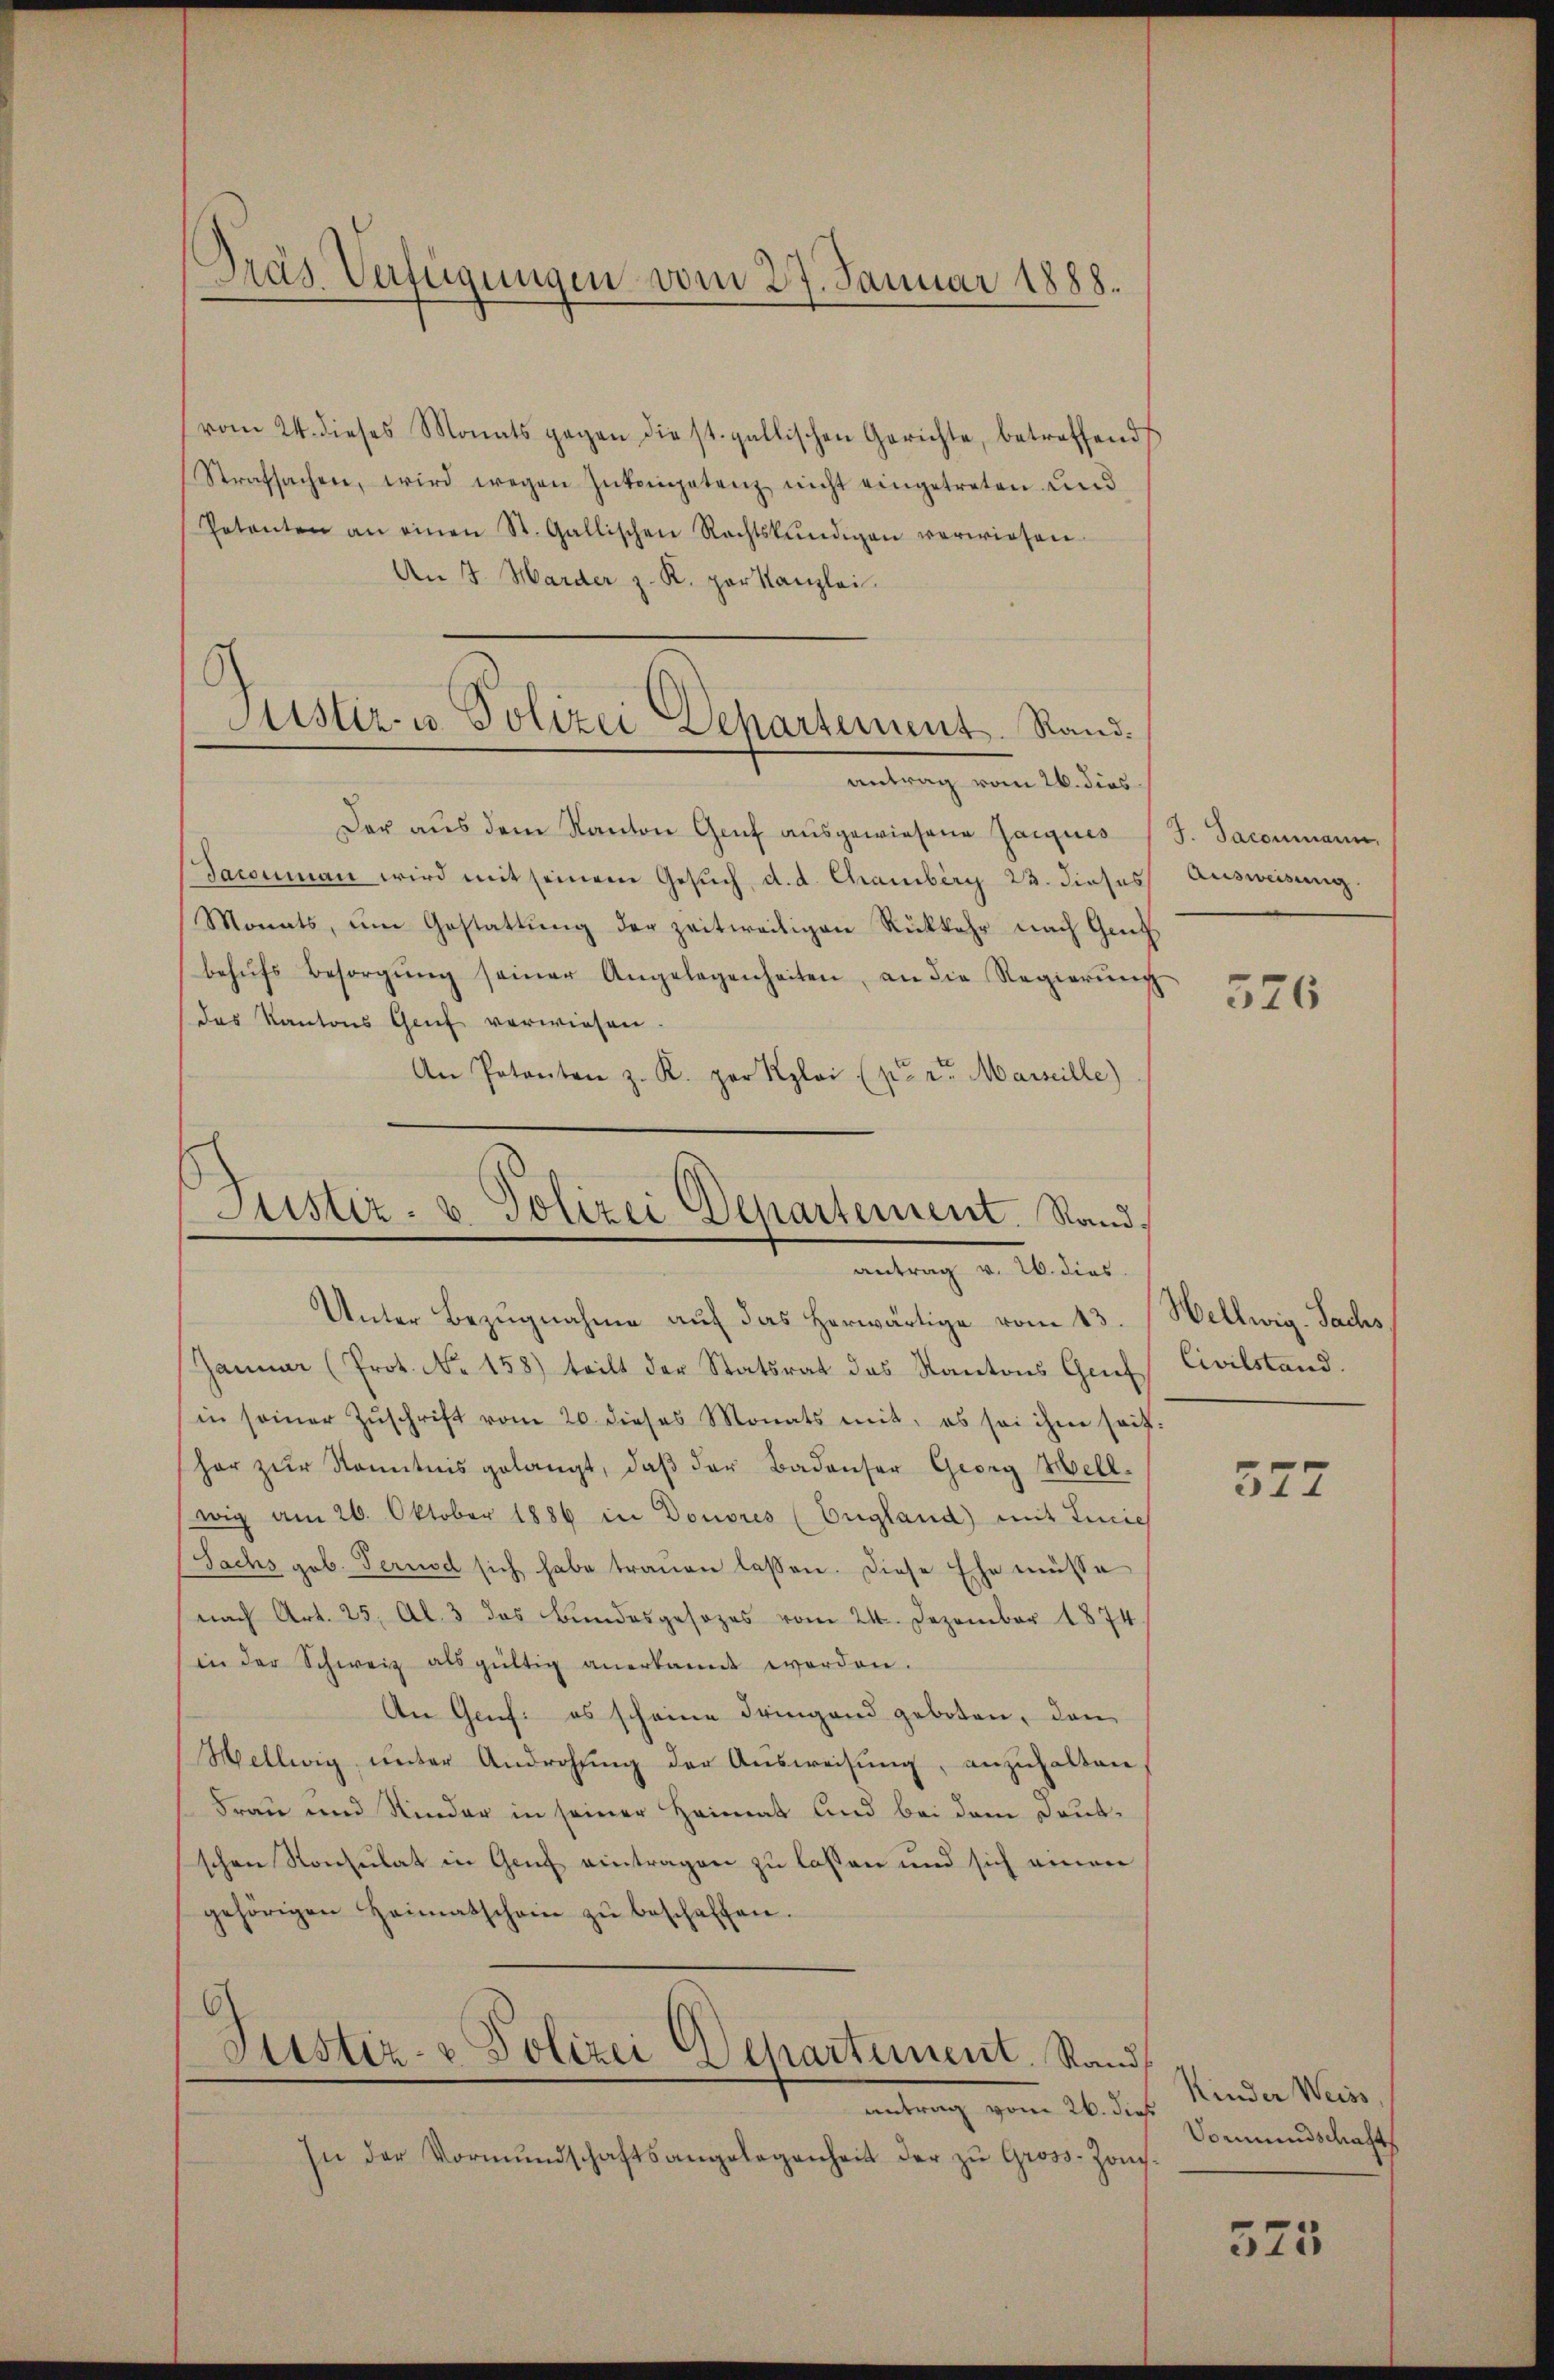
Dräs Verfügungen vom 27. Januar 1888.

vom 24. dieses Monats gegen die st. gallischen Gerichte, betreffend
Strafsachen, wird wegen Inkompetenz nicht eingetreten und
Petenten an einen St. Gallischen Rechtskŭndigen verwiesen.
An 3. Marder z. K. par Kanzlei
antrag vom 26. dies
Der aus dem Kanton Genf ausgewiesene Zeugnis
Jaconmann wird mit seinem Gesuch, d. d. Chamberg 23. dieses
Monats, um Gestattung der zeitweiligen Rückkehr nach Gret
behŭfs Besorgŭng seiner Angelegenheiten, an die Regierŭng
(das Kantons Genf verwiesen.
An Potanton z. R. per Klai (p. 2. Marseille)
Justiz- u. Polizei Departement. Stand.

Justiz- u. Polizei Departement. Rand.

antrag v. 26. dies

Unter Bezugnahme auf das herwärtige vom 13. Wellwig. Sachs
Januar (Prot. No. 158) teilt der Statsrat des Kantons Genf
in seiner Zŭschrift vom 20. dieses Monats mit, es sei ihm seither zŭr Kenntnis gelangt, daβ der Badenser Georg Hell.
wig am 26. Oktober 1886 in Donores (England) mit Linie
Sachs geb. Teruod sich habe traŭen lassen. Diese Ehe müsse
nach Art. 25. Al. 3 das Bundesgesezes vom 24. Dezember 1874
in der Schweiz als gültig anerkannt worden.
An Genf es scheine Fringend geboten, den
Wellwig, unter Androhung der Ausweisung, anzuhalten,
Frau und Nieder in seiner Heimat und bei dem Deutschen Konsulat in Genf eintragen zu lassen und sich einen
gehörigen Heimatschein zŭ beschaffen.
C
Justiz- & Polizei Departement. Rand
antrag vom 26. dieß
In der Vormŭndschaftsangelegenheit der zŭ Gross-Hon

J. Jaconmann,
Ausweisung.

576

Civilstand.

577

Kinder Weiss,
Vormundschaft

575